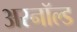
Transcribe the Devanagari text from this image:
अरनॉल्‍ड